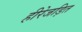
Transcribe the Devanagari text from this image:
हीरेजड़ित